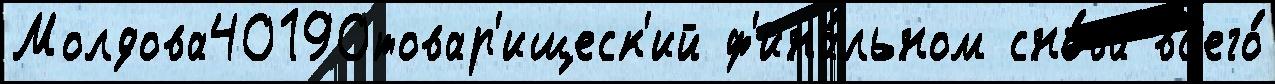
Молдова40190товар'ищеск'ий ф'ина́льном сно́ва вс'его́